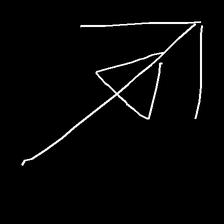
Glyph: pull